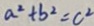
a ^ { 2 } + b ^ { 2 } = c ^ { 2 }